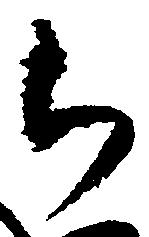
被